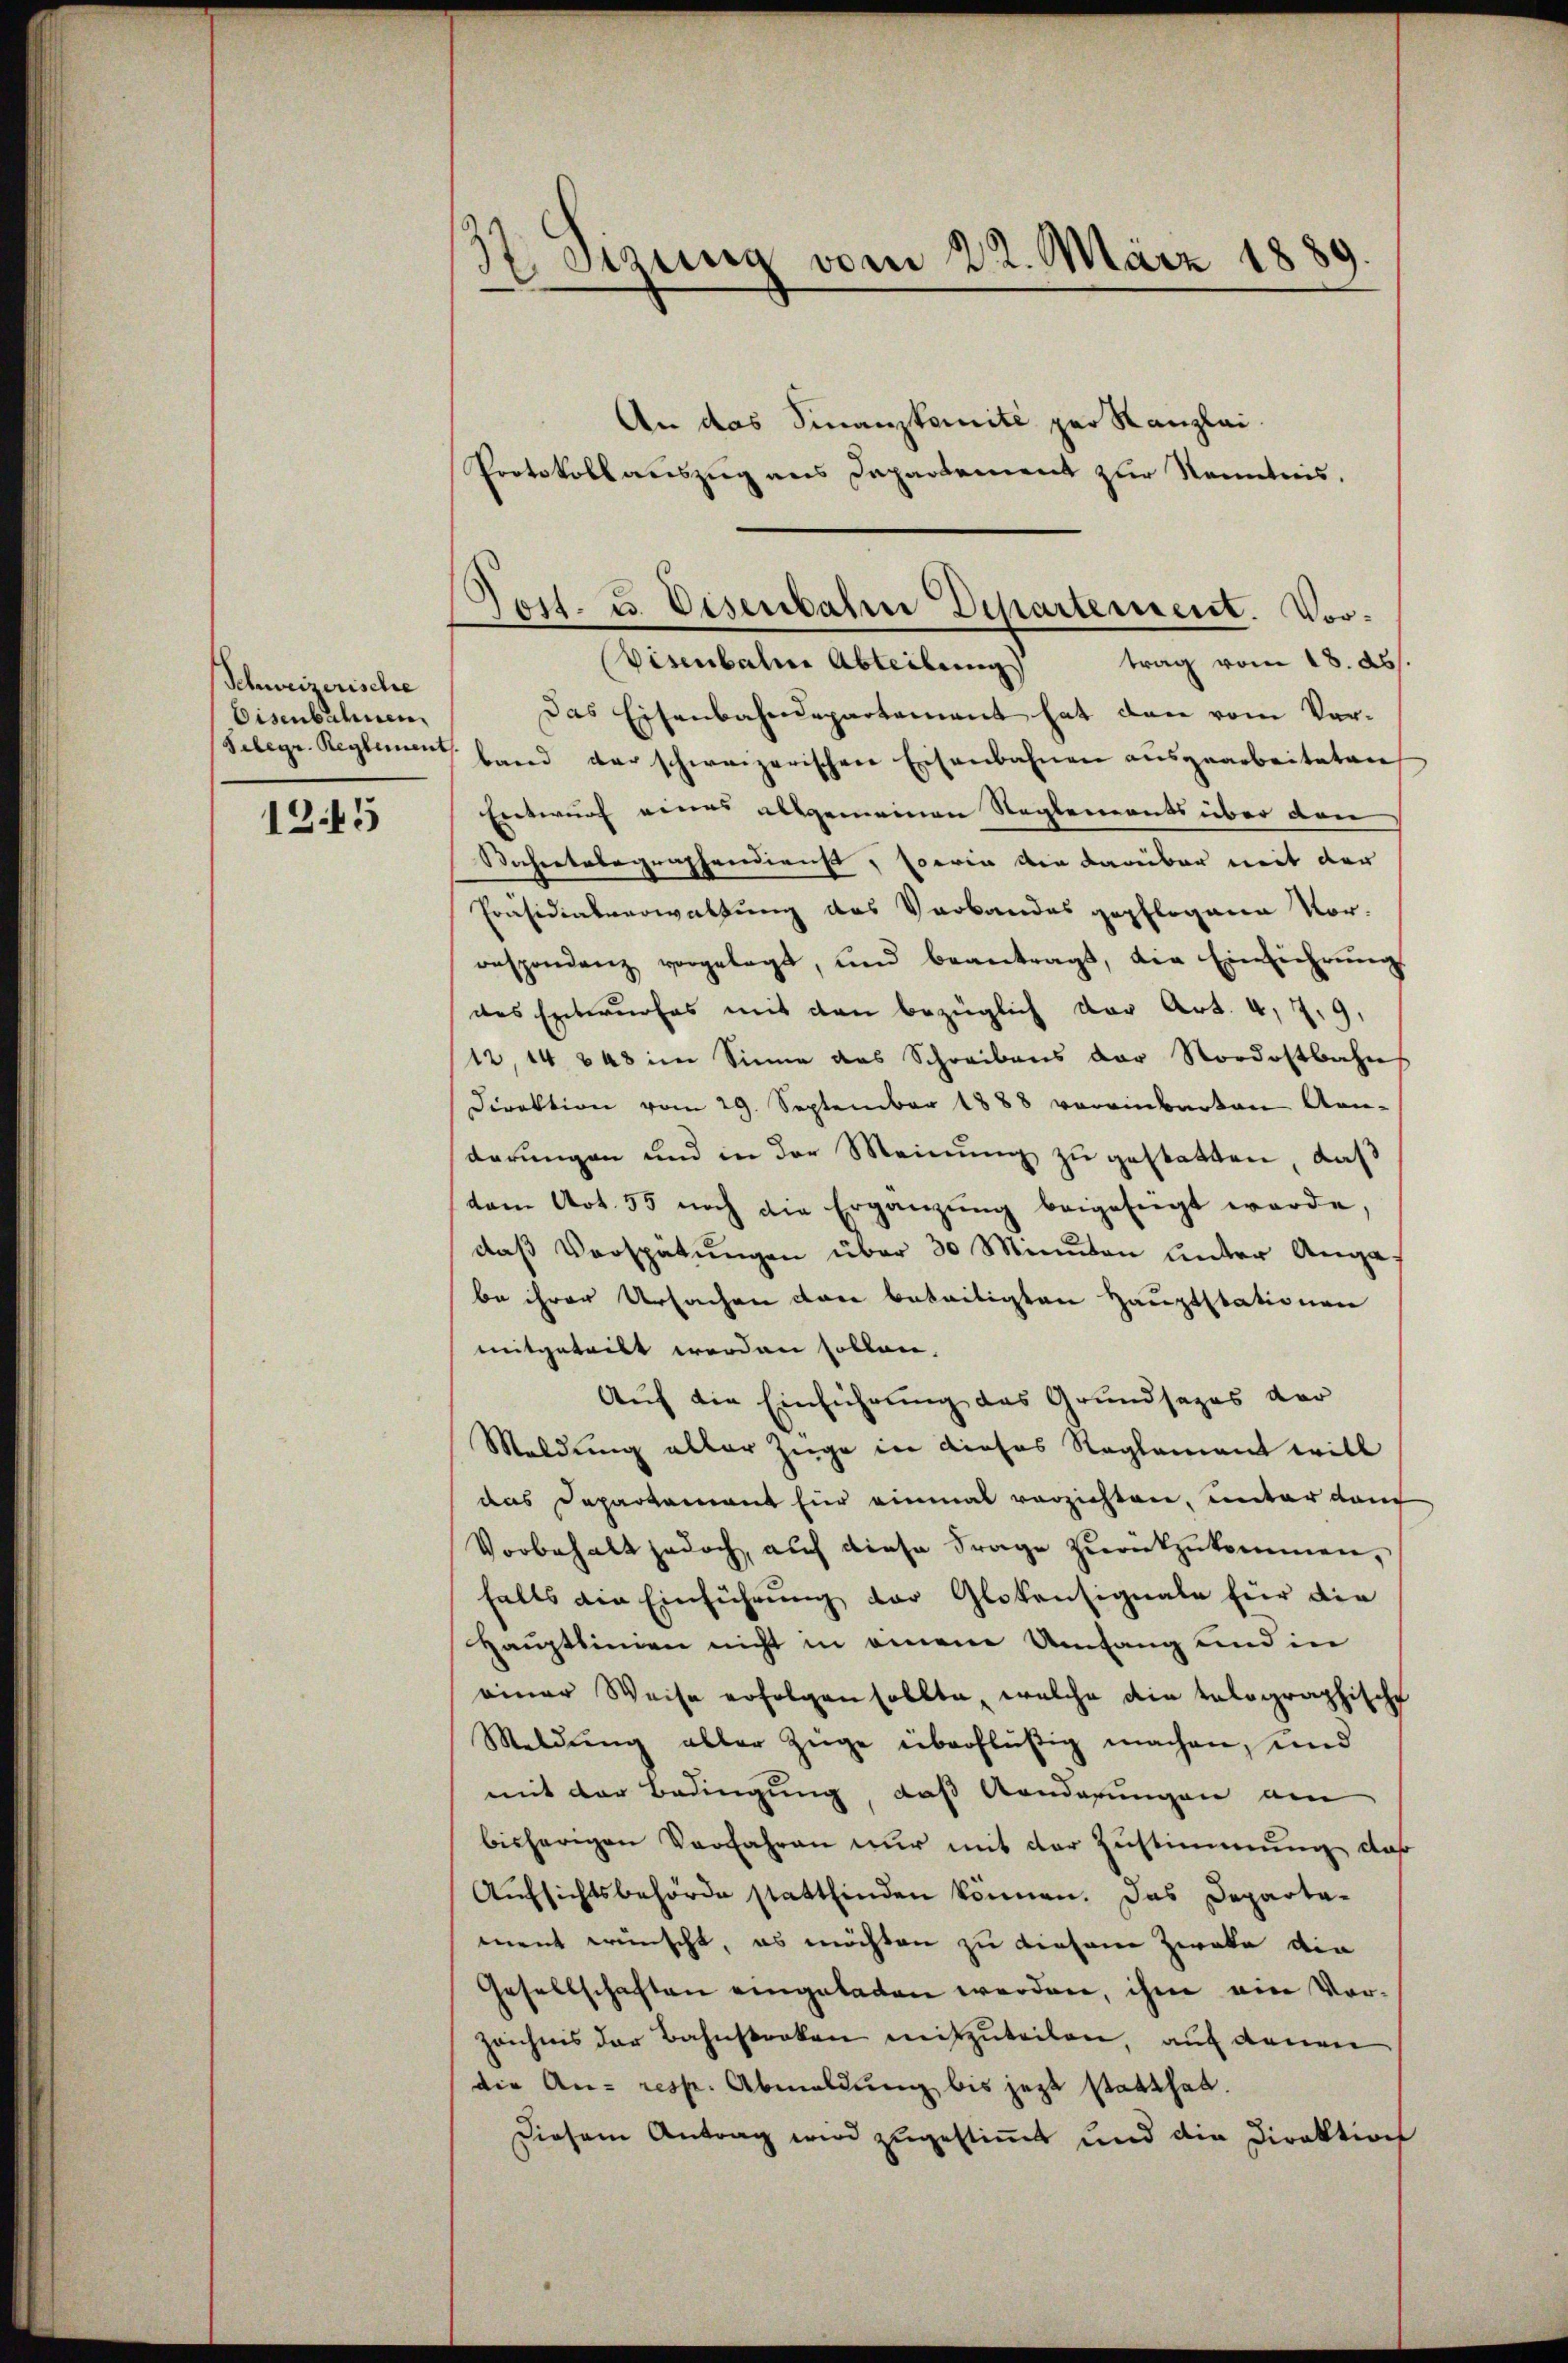
Schweizerische
Eisenbahnen.

1245

37. Sizung vom 22. März 1889.

An das Finanzkomité par Kanzlei.
Protokollauszug aus Dapartement zur Kenntnis.

Tosl. u. Eisenbahne Departement. Vor¬

Visenbahne Abteilung trag vom 18. ds.
Das Eisenbahndepartement hat dann vom Vor¬
Selegr. Reglemen band der schweizerischen Eisenbahnen aŭsgearbeiteten
Entwurf eines allgemeinen Reglements über den
Sachertelegraphendienst, soeria die darüber mit der
Präsidialverwaltung des Verbandes gepflogene Vor-
respondenz vorgelegt, und beantragt, die Einführŭngs
des Entwurfes mit den bezüglich der Art. 4, 79,
12, 14 848 im Sinne das Schreibens der Nordostbahn
Direktion vom 29. September 1888 vereinbarten An-
derungen und in der Meinŭng zu gestatten, daß
dem Art. 55 noch die Ergänzŭng beigefügt werde,
daβ Verspätungen über 30 Minuten unter Angabe ihrer Ursachen den beseitigten Hauptstationen
mitgeteilt werden sollen.
Auf die Einführung des Grundsazes der
Meldung aller Züge in dieses Reglement will
das Departement für einmal verzichten, unter dam
Vorbehalt jedoch, auch diese Frage zurückzukommen,
falls die Einführung der Glokensignale für die
Hauptlinien nicht in einem Umfang und in
einer Weise erfolgen sollte, welche die talographische
Meldung aller Züge überflüßig machen, und
mit der Bedingung, daß Gonderungen am
bisherigen Vorfahren nur mit der Zustimmung daß
Aufsichtsbehörde stattfinden können. Das Departa-
ment wünscht, es möchten zu diesene Zweke die
Gesellschaften eingeladen werden, ihm ein Vor¬
Zeichnis der Bahnstocken mitzuteilen, auf denen
die An- resp. Abmeldung bis jezt statthal.
Diesem Antrag wird zugestimmt und die Direktion